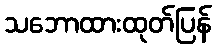
သဘောထားထုတ်ပြန်